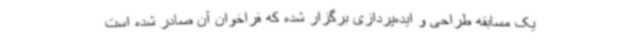
یک مسابقه طراحی و ایده‌پردازی برگزار شده که فراخوان آن صادر شده است